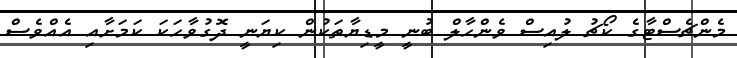
މެންޗެސްޓާގެ ކޯޗު ލުއިސް ވެންހާލް ބުނީ މީޑިޔާތަކުން ކިޔަނީ ދޮގުވާހަކަ ކަމަށާއި އެއްވެސް